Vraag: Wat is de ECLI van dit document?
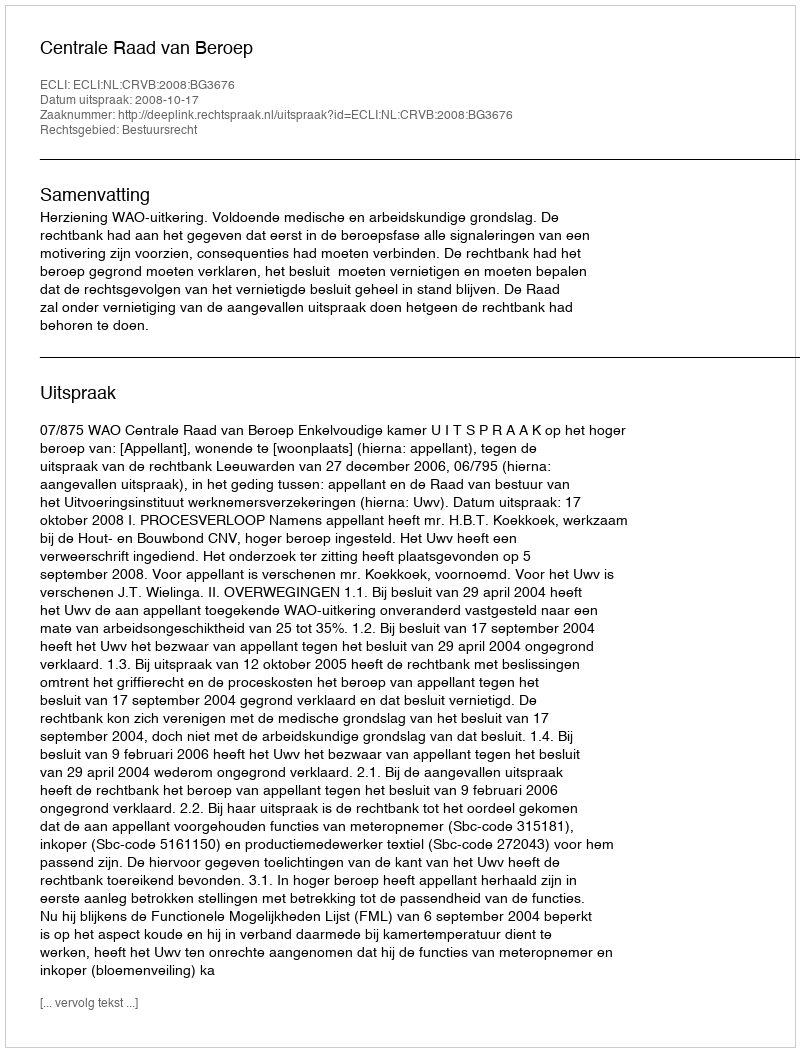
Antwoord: ECLI:NL:CRVB:2008:BG3676